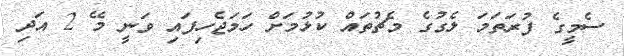
ސެމީގެ ފުރަތަމަ ލެގުގެ މެޗުތައް ކުޅުމަށް ހަމަޖެހިފައި ވަނީ މޭ 2 އަދި